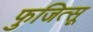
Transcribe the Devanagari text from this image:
फुजित्सू